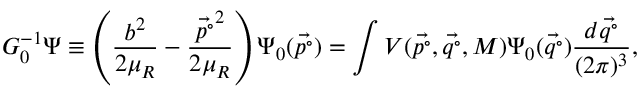
G _ { 0 } ^ { - 1 } \Psi \equiv \left( \frac { b ^ { 2 } } { 2 \mu _ { R } } - \frac { \vec { p ^ { \circ } } ^ { 2 } } { 2 \mu _ { R } } \right) \Psi _ { 0 } ( \vec { p ^ { \circ } } ) = \int V ( \vec { p ^ { \circ } } , \vec { q ^ { \circ } } , M ) \Psi _ { 0 } ( \vec { q ^ { \circ } } ) \frac { d \vec { q ^ { \circ } } } { ( 2 \pi ) ^ { 3 } } ,